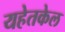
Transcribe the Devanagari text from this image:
यहेतकेल